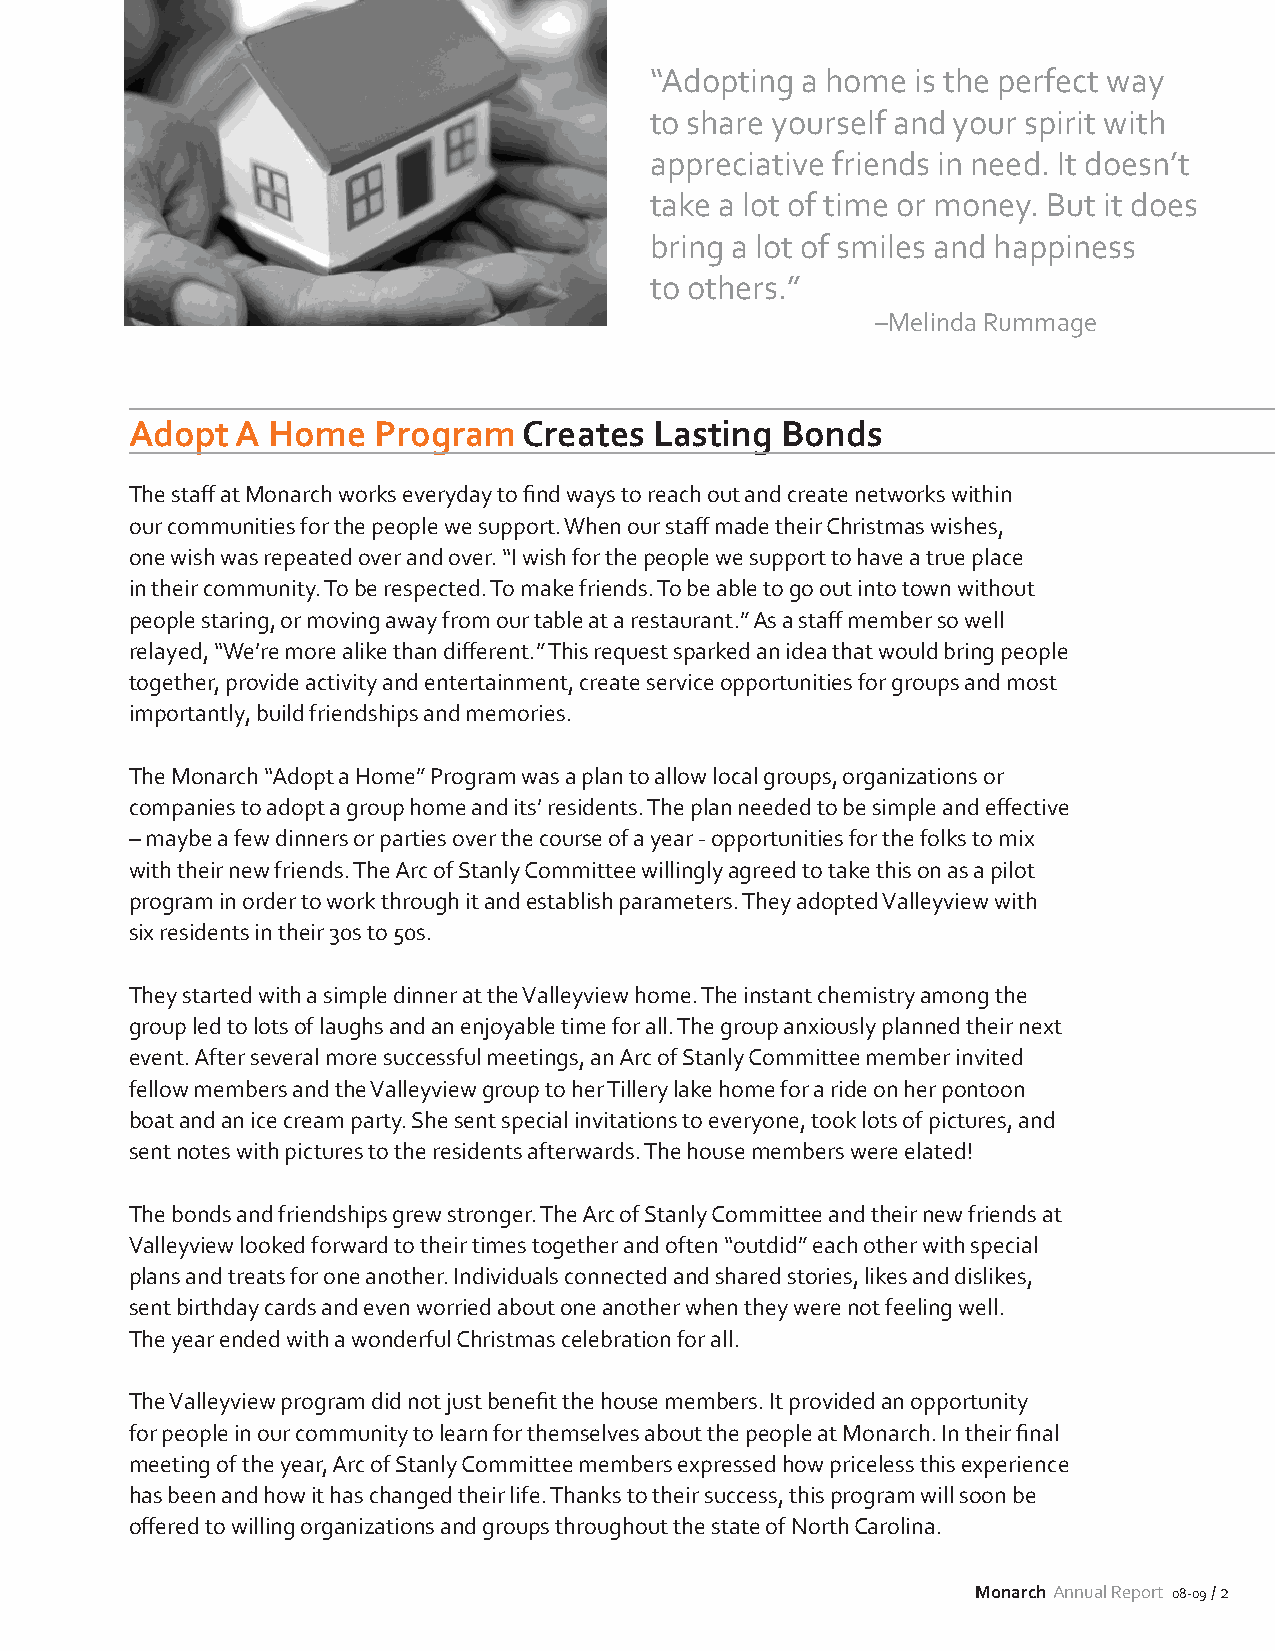
“Adopting a home  is the perfect way
 to share yourself and your spirit with
 appreciative friends in need. It doesn’t
 take a lot of time or money. But it does
 bring a lot of smiles and happiness
 to others.”
 –Melinda Rummage
 Adopt  A Home   Program   Creates Lasting  Bonds
 The staff at Monarch works everyday to find ways to reach out and create networks within
 our communities for the people we support. When our staff made their Christmas wishes,
 one wish was repeated over and over. “I wish for the people we support to have a true place
 in their community. To be respected. To make friends. To be able to go out into town without
 people staring, or moving away from our table at a restaurant.” As a staff member so well
 relayed, “We’re more alike than different.” This request sparked an idea that would bring people
 together, provide activity and entertainment, create service opportunities for groups and most
 importantly, build friendships and memories.
 The Monarch “Adopt a Home” Program was a plan to allow local groups, organizations or
 companies to adopt a group home and its’ residents. The plan needed to be simple and effective
 – maybe a few dinners or parties over the course of a year - opportunities for the folks to mix
 with their new friends. The Arc of Stanly Committee willingly agreed to take this on as a pilot
 program in order to work through it and establish parameters. They adopted Valleyview with
 six residents in their 30s to 50s.
 They started with a simple dinner at the Valleyview home. The instant chemistry among the
 group led to lots of laughs and an enjoyable time for all. The group anxiously planned their next
 event. After several more successful meetings, an Arc of Stanly Committee member invited
 fellow members and the Valleyview group to her Tillery lake home for a ride on her pontoon
 boat and an ice cream party. She sent special invitations to everyone, took lots of pictures, and
 sent notes with pictures to the residents afterwards. The house members were elated!
 The bonds and friendships grew stronger. The Arc of Stanly Committee and their new friends at
 Valleyview looked forward to their times together and often “outdid” each other with special
 plans and treats for one another. Individuals connected and shared stories, likes and dislikes,
 sent birthday cards and even worried about one another when they were not feeling well.
 The year ended with a wonderful Christmas celebration for all.
 The Valleyview program did not just benefit the house members. It provided an opportunity
 for people in our community to learn for themselves about the people at Monarch. In their final
 meeting of the year, Arc of Stanly Committee members expressed how priceless this experience
 has been and how it has changed their life. Thanks to their success, this program will soon be
 offered to willing organizations and groups throughout the state of North Carolina.
 Monarch Annual Report 08-09 / 2